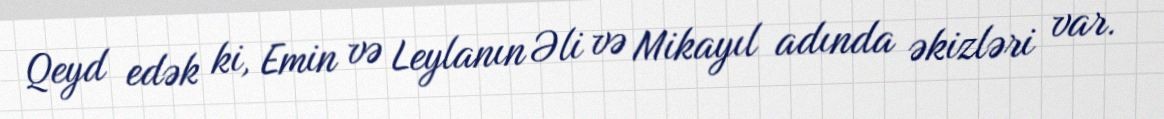
Qeyd edək ki, Emin və Leylanın Əli və Mikayıl adında əkizləri var.